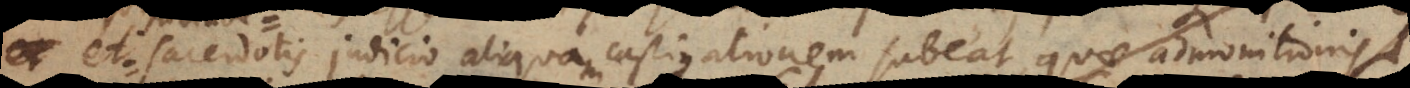
sacerdotis judicio aliquam castigationem subeat, quae admonitionis